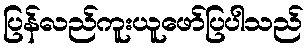
ပြန်လည်ကူးယူဖော်ပြပါသည်